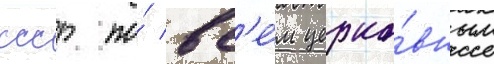
ссср по́ вс'е́м церко́вным